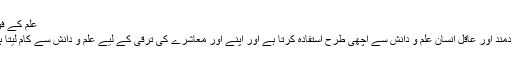
علم کے فوائد
خردمند اور عاقل انسان علم و دانش سے اچھی طرح استفادہ کرتا ہے اور اپنے اور معاشرے کی ترقی کے لیے علم و دانش سے کام لیتا ہے۔